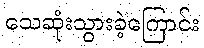
သေဆုံးသွားခဲ့ကြောင်း